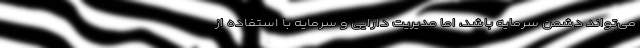
می‌تواند دشمن سرمایه باشد، اما مدیریت دارایی و سرمایه با استفاده از